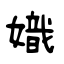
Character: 嬂